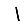
Digit: 1